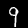
Label: 9